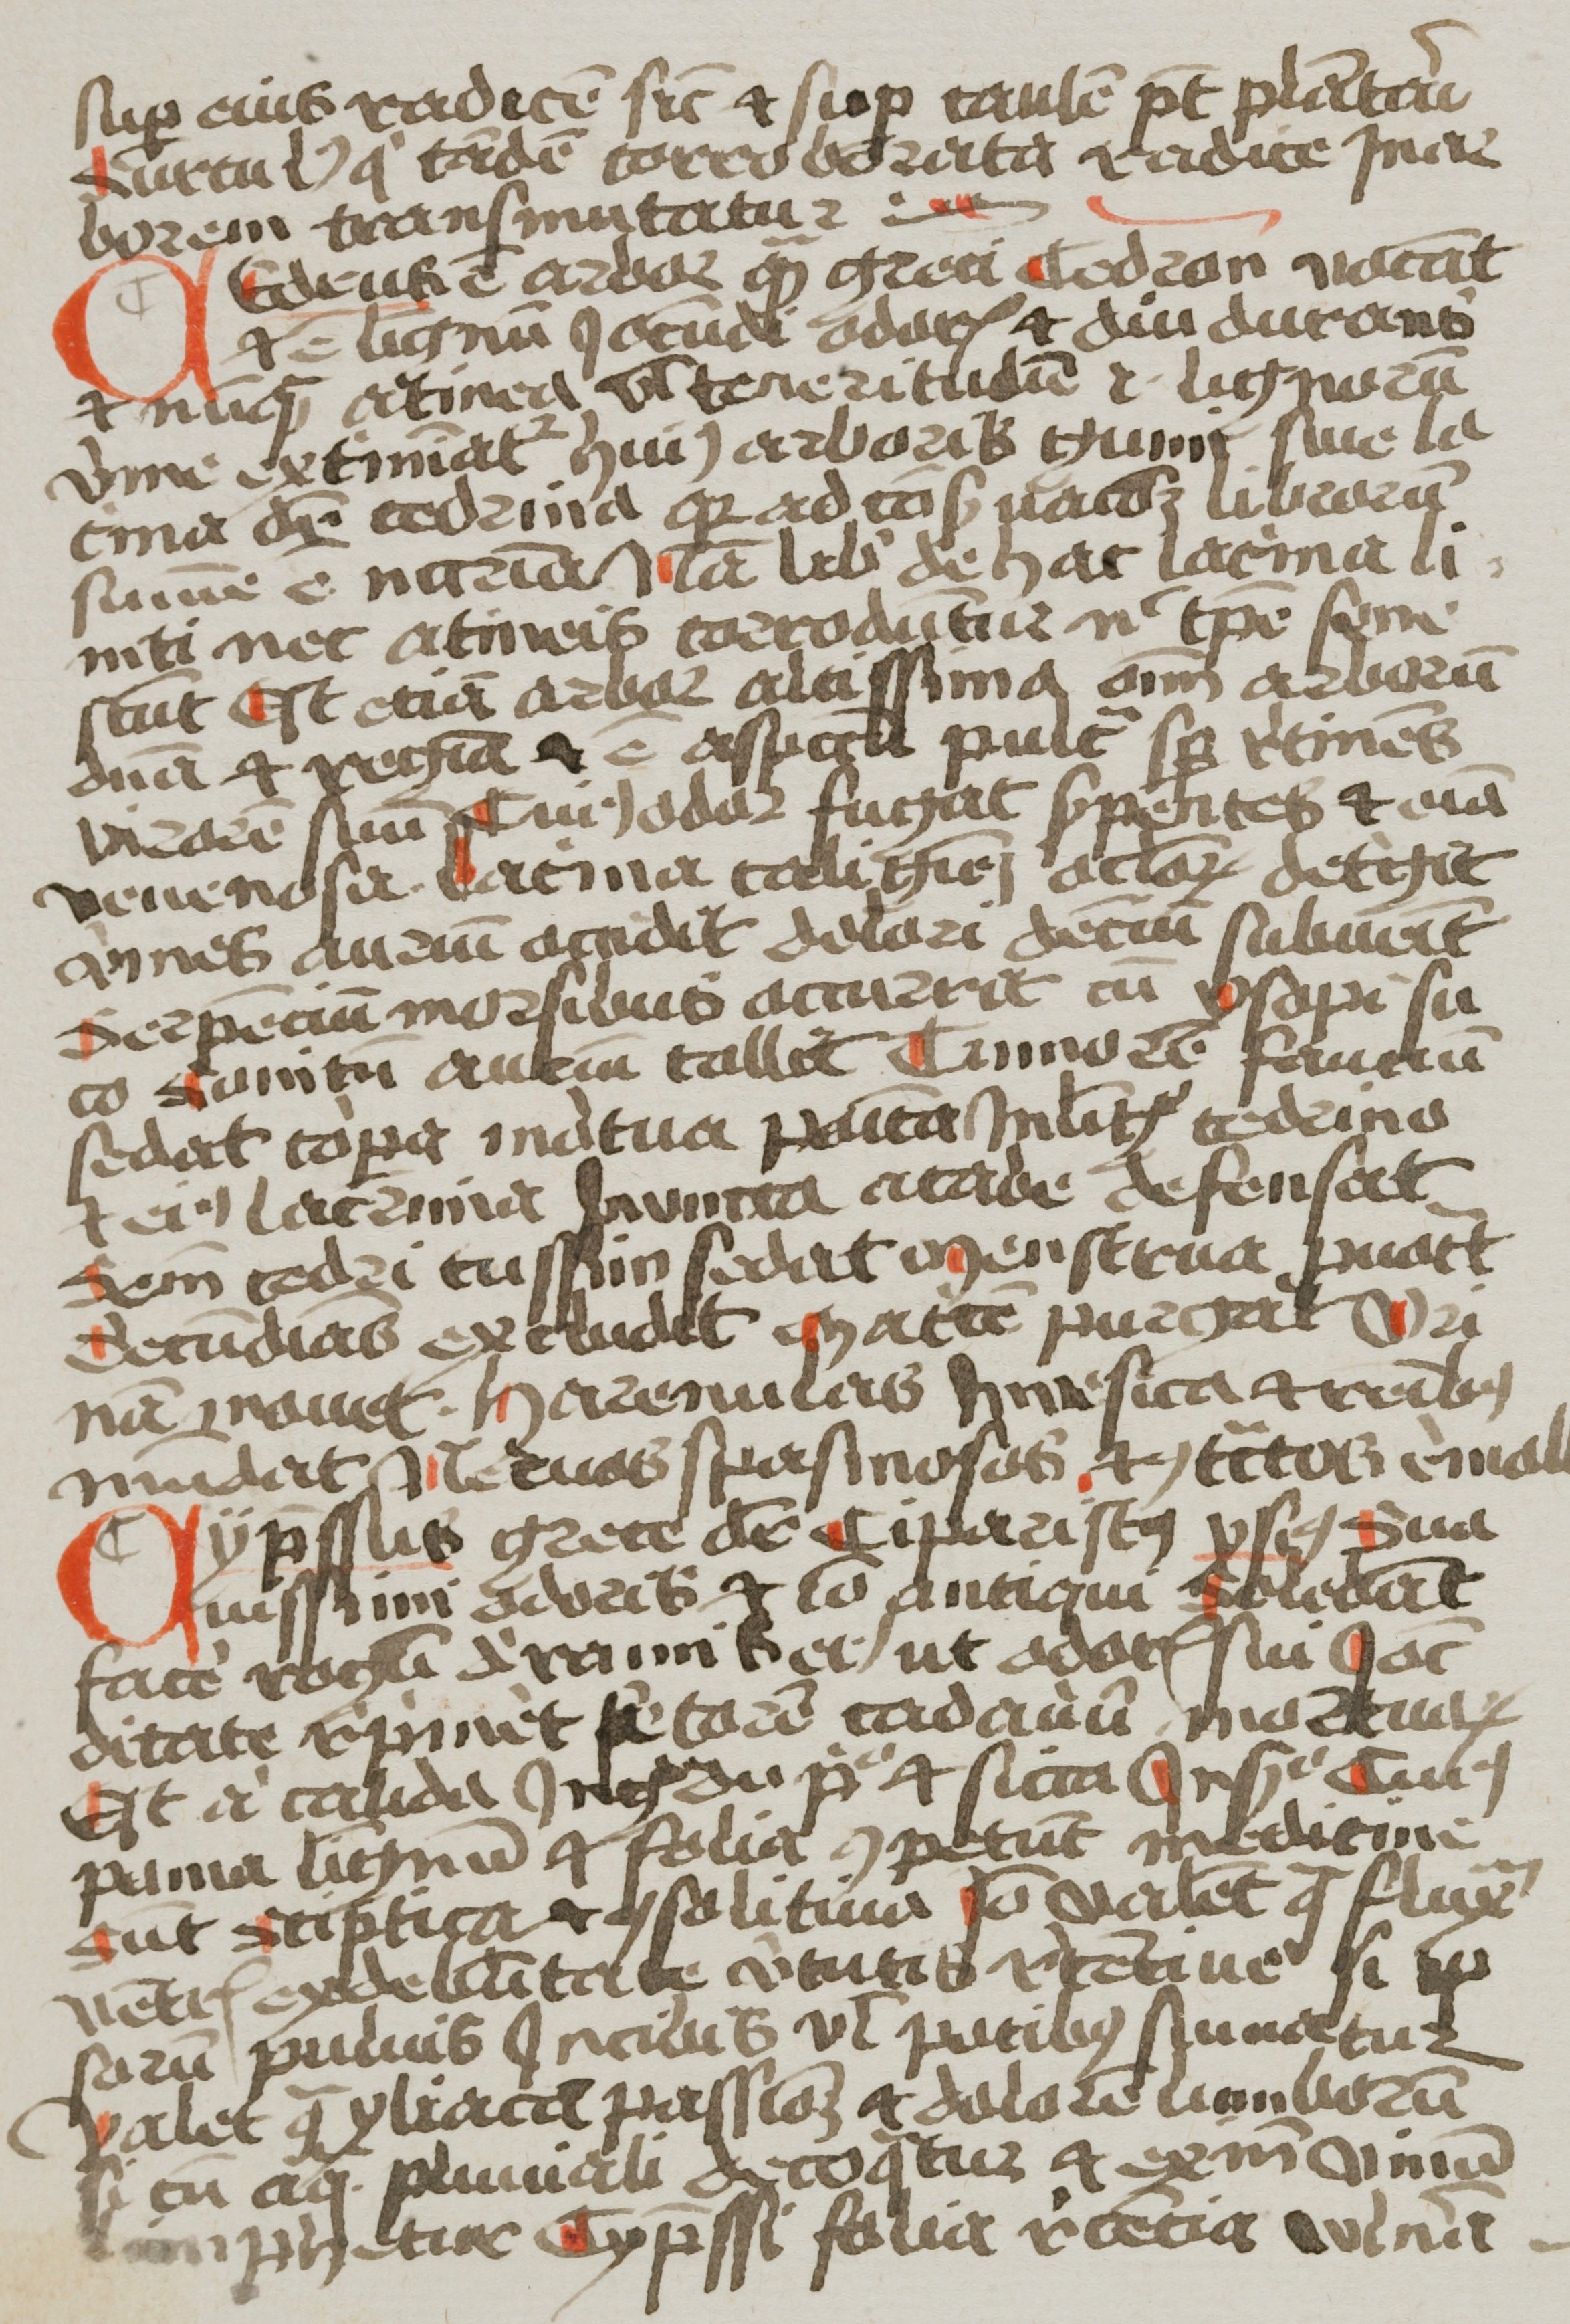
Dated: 1400–1499